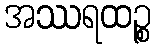
အဿရထဉ္စ